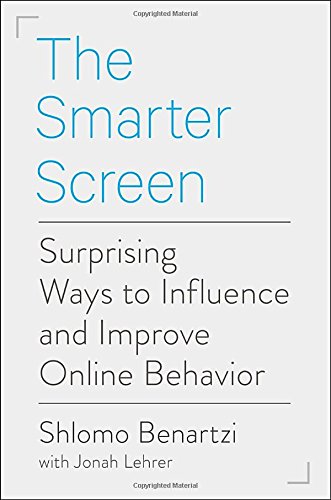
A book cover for The Smarter Screen: Surprising Ways to Influence and Improve Online Behavior; Shlomo Benartzi; Business & Money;